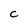
Character: C